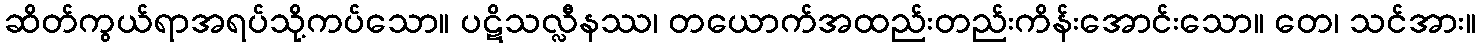
ဆိတ်ကွယ်ရာအရပ်သို့ကပ်သော။ ပဋိသလ္လီနဿ၊ တယောက်အထည်းတည်းကိန်းအောင်းသော။ တေ၊ သင်အား။